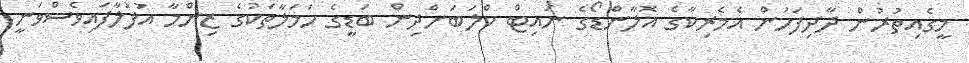
މީގެއިތުރުން ދާދިފަހުން އެމެރިކާގެ އޮލާންޑޯގެ ނައިޓް ކްލަބަށްދިން ބަޑީގެ ހަމަލާތަކުގެ ޒިންމާ އުފުލާފައިވެސްވަނީ